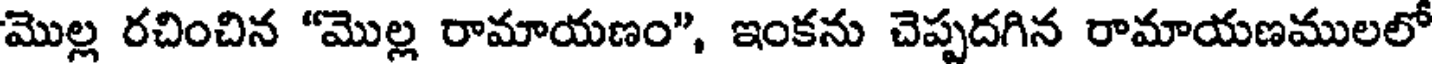
మొల్ల రచించిన "మొల్ల రామాయణం", ఇంకను చెప్పదగిన రామాయణములలో